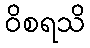
ဝိစရသိ